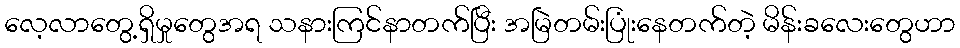
လေ့လာတွေ့ရှိမှုတွေအရ သနားကြင်နာတက်ပြီး အမြဲတမ်းပြုံးနေတက်တဲ့ မိန်းခလေးတွေဟာ